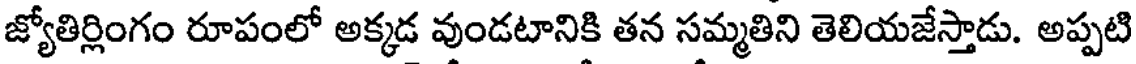
జ్యోతిర్లింగం రూపంలో అక్కడ వుండటానికి తన సమ్మతిని తెలియజేస్తాడు. అప్పటి